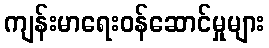
ကျန်းမာရေးဝန်ဆောင်မှုများ